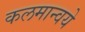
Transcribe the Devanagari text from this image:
कलमान्वये